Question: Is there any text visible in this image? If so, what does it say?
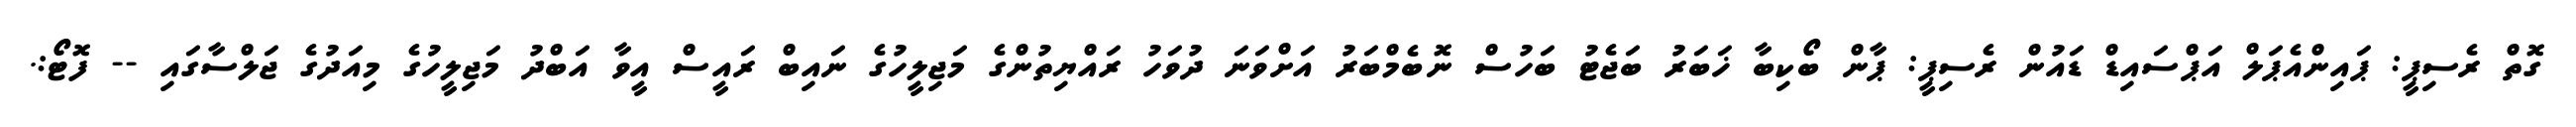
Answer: ގޮތް ރެސިޕީ: ޕައިންއެޕަލް އަޕްސައިޑް ޑައުން ރެސިޕީ: ޕާން ބޯކިބާ ޚަބަރު ބަޖެޓު ބަހުސް ނޮބެމްބަރު އަށްވަނަ ދުވަހު ރައްޔިތުންގެ މަޖިލީހުގެ ނައިބް ރައީސް އީވާ އަބްދު މަޖިލީހުގެ މިއަދުގެ ޖަލްސާގައި -- ފޮޓޯ:.